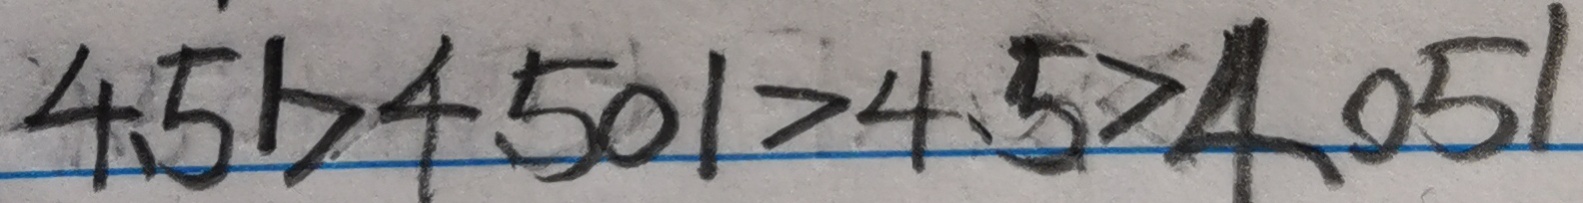
4 . 5 1 > 4 . 5 0 1 > 4 . 5 > 4 . 0 5 1